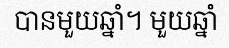
បានមួយឆ្នាំ។ មួយឆ្នាំ